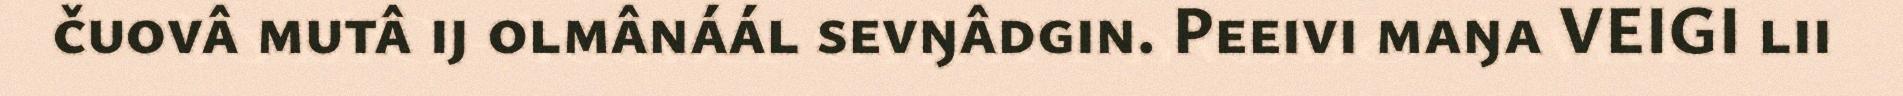
čuovâ mutâ ij olmânáál sevŋâdgin. Peeivi maŋa VEIGI lii